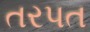
તરપત